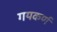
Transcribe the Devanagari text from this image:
गयकर्ण